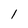
Character: l